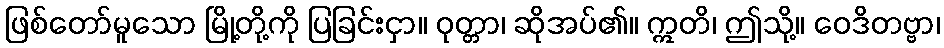
ဖြစ်တော်မူသော မြို့တို့ကို ပြခြင်းငှာ။ ဝုတ္တာ၊ ဆိုအပ်၏။ ဣတိ၊ ဤသို့။ ဝေဒိတဗ္ဗာ၊